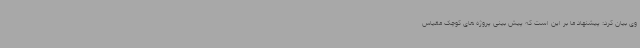
وی بیان کرد: پیشنهاد ما بر این است که پیش بینی پروژه های کوچک مقیاس